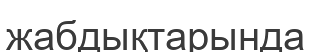
жабдықтарында